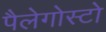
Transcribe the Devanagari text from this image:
पैलेगोस्टो